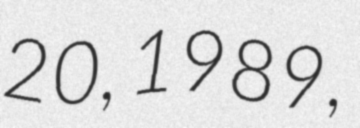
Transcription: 20, 1989,